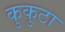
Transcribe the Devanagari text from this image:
कुकुटा